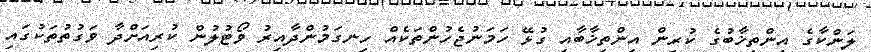
ލަންކާގެ އިންތިޚާބުގެ ކުރިން އިންތިޚާބާއި ގުޅޭ ހަމަނުޖެހުންތަކެއް ހިނގަމުންދާއިރު ވޯޓުލުން ކުރިއަށްދާ ވަގުތުތަކުގައި